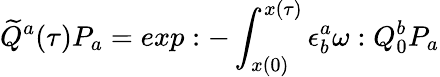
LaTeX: \widetilde Q^{a}(\tau)P_{a}=exp:-\int_{x(0)}^{x(\tau)}\epsilon_{b}^{a}\omega:Q_{0}^{b}P_{a}